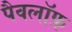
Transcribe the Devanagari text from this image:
पैवलॉफ़